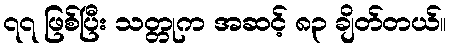
၇၇ ဖြစ်ပြီး သတ္တုက အဆင့် ၈၃ ချိတ်တယ်။